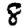
Digit: 8